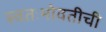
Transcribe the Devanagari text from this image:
स्वतःभोवतीची